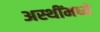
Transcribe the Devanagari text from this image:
अस्थींमध्ये